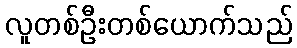
လူတစ်ဦးတစ်ယောက်သည်